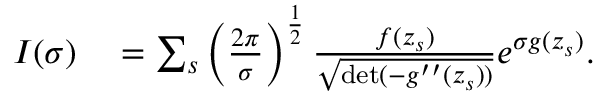
\begin{array} { r l } { I ( \sigma ) } & { { } = \sum _ { s } \left( \frac { 2 \pi } { \sigma } \right) ^ { \frac { 1 } { 2 } } \frac { f ( z _ { s } ) } { \sqrt { \operatorname* { d e t } ( - g ^ { \prime \prime } ( z _ { s } ) ) } } e ^ { \sigma g ( z _ { s } ) } . } \end{array}